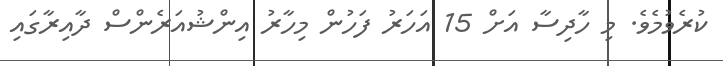
ކުރެވުމެވެ. މި ހާދިސާ އަށް 15 އަހަރު ފަހުން މިހާރު އިންޝުއަރެންސް ދާއިރާގައި